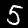
Label: 5